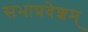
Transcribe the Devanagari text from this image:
सभाप्रवेशम्